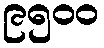
၉၅၀၀